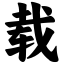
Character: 载